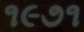
૧૯૭૧